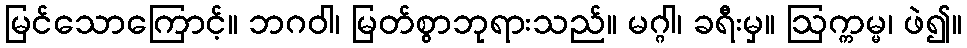
မြင်သောကြောင့်။ ဘဂဝါ၊ မြတ်စွာဘုရားသည်။ မဂ္ဂါ၊ ခရီးမှ။ ဩက္ကမ္မ၊ ဖဲ၍။